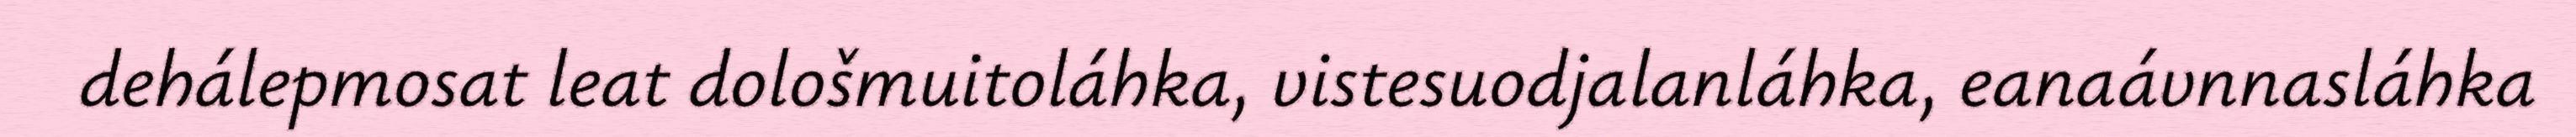
dehálepmosat leat dološmuitoláhka, vistesuodjalanláhka, eanaávnnasláhka